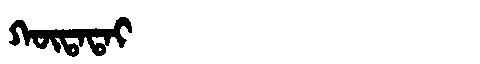
Manchu: ᡴᡡᡨᠠᡨᠠᡳ
Romanization: KŪTATAI